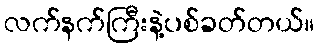
လက်နက်ကြီးနဲ့ပစ်ခတ်တယ်။